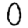
Digit: 0